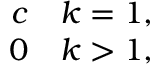
\begin{array} { r } { c \quad k = 1 , } \\ { 0 \quad k > 1 , } \end{array}